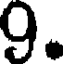
9.